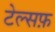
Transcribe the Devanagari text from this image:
टेल्सफ़